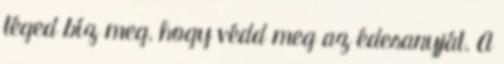
téged bíz meg, hogy védd meg az édesanyját. A